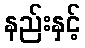
နည်းနှင့်